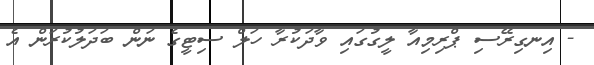
- އިނގިރޭސި ޕްރިމިއާ ލީގުގައި ވާދަކުރާ ހަލް ސިޓީގެ ނަން ބަދަލުކުރަން އެ